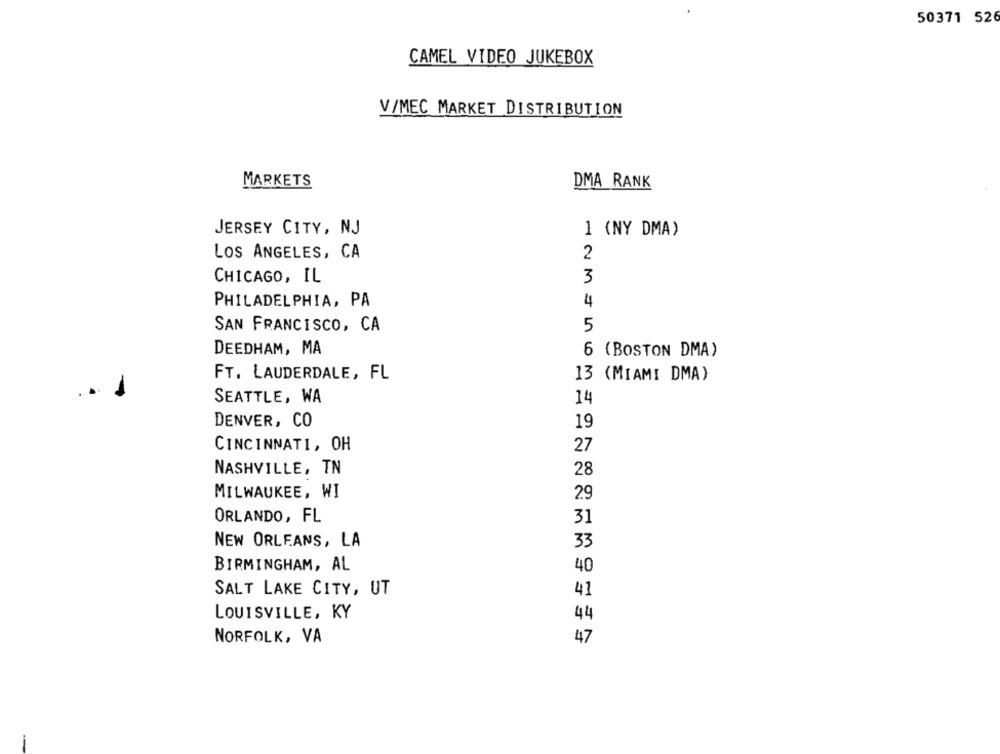
50371 526
CAMEL VIDEO JUKEBOX
V/MEC MARKET DISTRIBUTION
MARKETS
DMA RANK
JERSEY CITY, NJ
1 (NY DMA)
LOS ANGELES, CA
2
CHICAGO, IL
3
4
PHILADELPHIA, PA
SAN FRANCISCO, CA
5
DEEDHAM, MA
6 (BOSTON DMA)
FT. LAUDERDALE, FL
13 (MIAMI DMA)
SEATTLE, WA
14
DENVER, CO
19
CINCINNATI, OH
27
NASHVILLE, TN
28
MILWAUKEE, WI
29
ORLANDO, FL
31
NEW ORLEANS, LA
33
BIRMINGHAM, AL
40
SALT LAKE CITY, UT
LOUISVILLE, KY
44
NORFOLK, VA
-